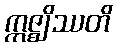
ဣဇ္ဈိဿတိ